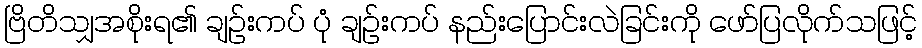
ဗြိတိသျှအစိုးရ၏ ချဉ်းကပ် ပုံ ချဉ်းကပ် နည်းပြောင်းလဲခြင်းကို ဖော်ပြလိုက်သဖြင့်